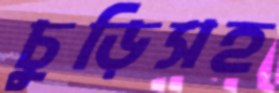
চুড়িসহ